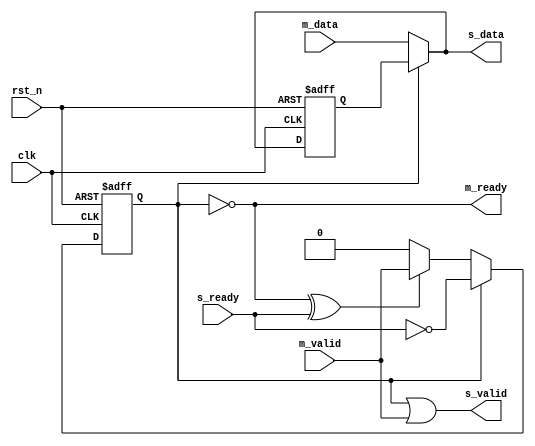
module Backward_Registered #( parameter WIDTH = 8)(
	input clk,
	input rst_n,
	input m_valid,
	input [WIDTH-1:0] m_data,
	output m_ready,
	output s_valid,
	output [WIDTH-1:0] s_data,
	input s_ready
	);

	wire s_ready_dge;
	reg valid_skid;
	reg [WIDTH-1:0] data_skid;

	always @(posedge clk or negedge rst_n) begin
	  	if (!rst_n)
	  	  	valid_skid <= 1'b0;          
	  	else if (valid_skid)
	  	 	valid_skid <= ~s_ready;          
	  	else if (~valid_skid^s_ready)
	  	  	valid_skid <= m_valid;
	end                           
	  
	
	always @(posedge clk or negedge rst_n) begin
	  	if (!rst_n)
	  	  	data_skid <= {WIDTH{1'b0}};           
	  	else
	  	  	data_skid <= valid_skid ? data_skid: m_data;      
	end 
	
	
	assign  s_valid = valid_skid | m_valid;        
	assign  s_data = valid_skid ? data_skid : m_data;    
	assign  m_ready = ~valid_skid ;    

endmodule